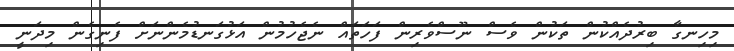
މިހިނގާ ބިރުދެއްކުން ތަކުން ވެސް ނޫސްވެރިން ފަހަތައް ނެޖެހުމުން އަޅުގަނޑުމެންނަށް ފެނިގެން މިދަނީ